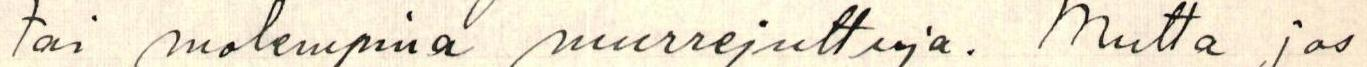
tai molempina murrejuttuja. Mutta jos